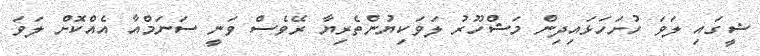
ޝީގައި ލަވަ ހުށަހަޅައިދިން މަޝްހޫރު ލަވަކިޔުންތެރިޔާ ރޭވެސް ވަނީ ސަނަމްއާ އެއްކޮށް ލަވަ